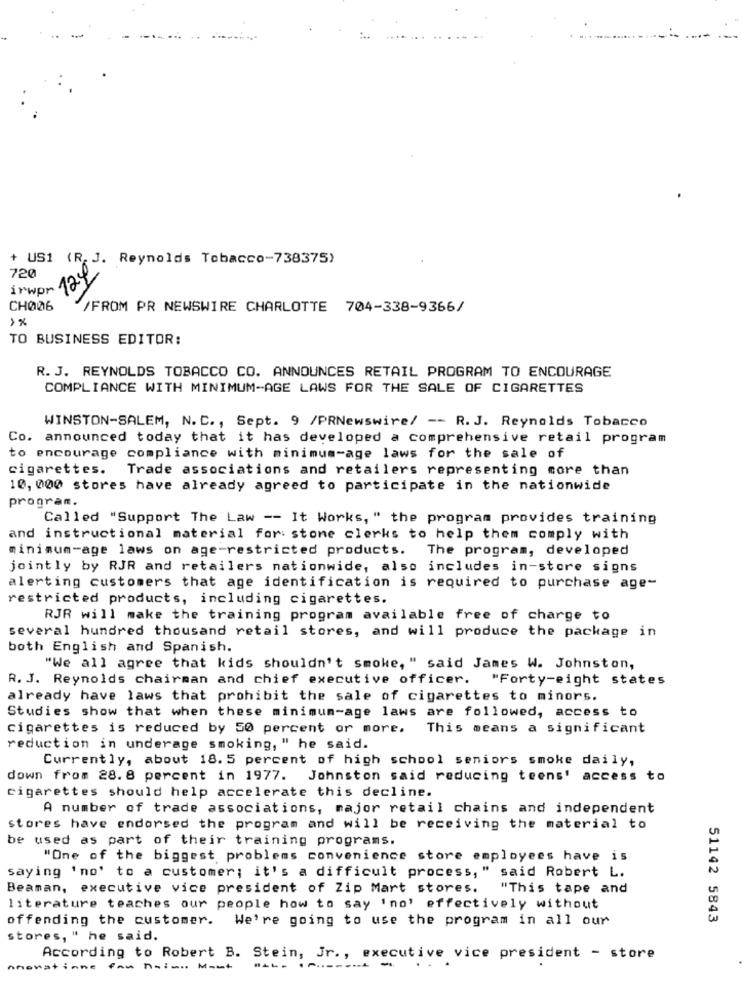
+ US1 (R. J. Reynolds Tobacco-738375)
720
irwpr
12%
CH006
/FROM PR NEWSWIRE CHARLOTTE 704-338-9366/
>%
TO BUSINESS EDITOR:
R. J. REYNOLDS TOBACCO CO. ANNOUNCES RETAIL PROGRAM TO ENCOURAGE
COMPLIANCE WITH MINIMUM-AGE LAWS FOR THE SALE OF CIGARETTES
WINSTON-SALEM, N. C ., Sept. 9 /PRNewswire/ -- R. J. Reynolds Tobacco
Co. announced today that it has developed a comprehensive retail program
to encourage compliance with minimum-age laws for the sale of
cigarettes.
Trade associations and retailers representing more than
10, 000 stores have already agreed to participate in the nationwide
program.
Called "Support The Law -- It Works, " the program provides training
and instructional material for stone clerks to help them comply with
minimum-age laws on age-restricted products. The program, developed
jointly by RJR and retailers nationwide, also includes in-store signs
alerting customers that age identification is required to purchase age-
restricted products, including cigarettes.
RJR will make the training program available free of charge to
several hundred thousand retail stores, and will produce the package in
both English and Spanish.
"We all agree that kids shouldn't smoke, " said James W. Johnston,
R. J. Reynolds chairman and chief executive officer.
"Forty-eight states
already have laws that prohibit the sale of cigarettes to minors.
Studies show that when these minimum-age laws are followed, access to
cigarettes is reduced by 50 percent or more.
This means a significant
reduction in underage smoking, " he said.
Currently, about 18. 5 percent of high school seniors smoke daily,
down from 28. 8 percent in 1977. Johnston said reducing teens' access to
cigarettes should help accelerate this decline.
A number of trade associations, major retail chains and independent
stores have endorsed the program and will be receiving the material to
be used as part of their training programs.
"One of the biggest problems convenience store employees have is
saying 'no' to a customer; it's a difficult process, " said Robert L.
Beaman, executive vice president of Zip Mart stores.
"This tape and
literature teaches our people how to say 'no' effectively without
offending the customer. We're going to use the program in all our
51142 5843
stores, " he said.
According to Robert B. Stein, Jr ., executive vice president - store
---- ------ -
Ahoratinne fau haiass Ment